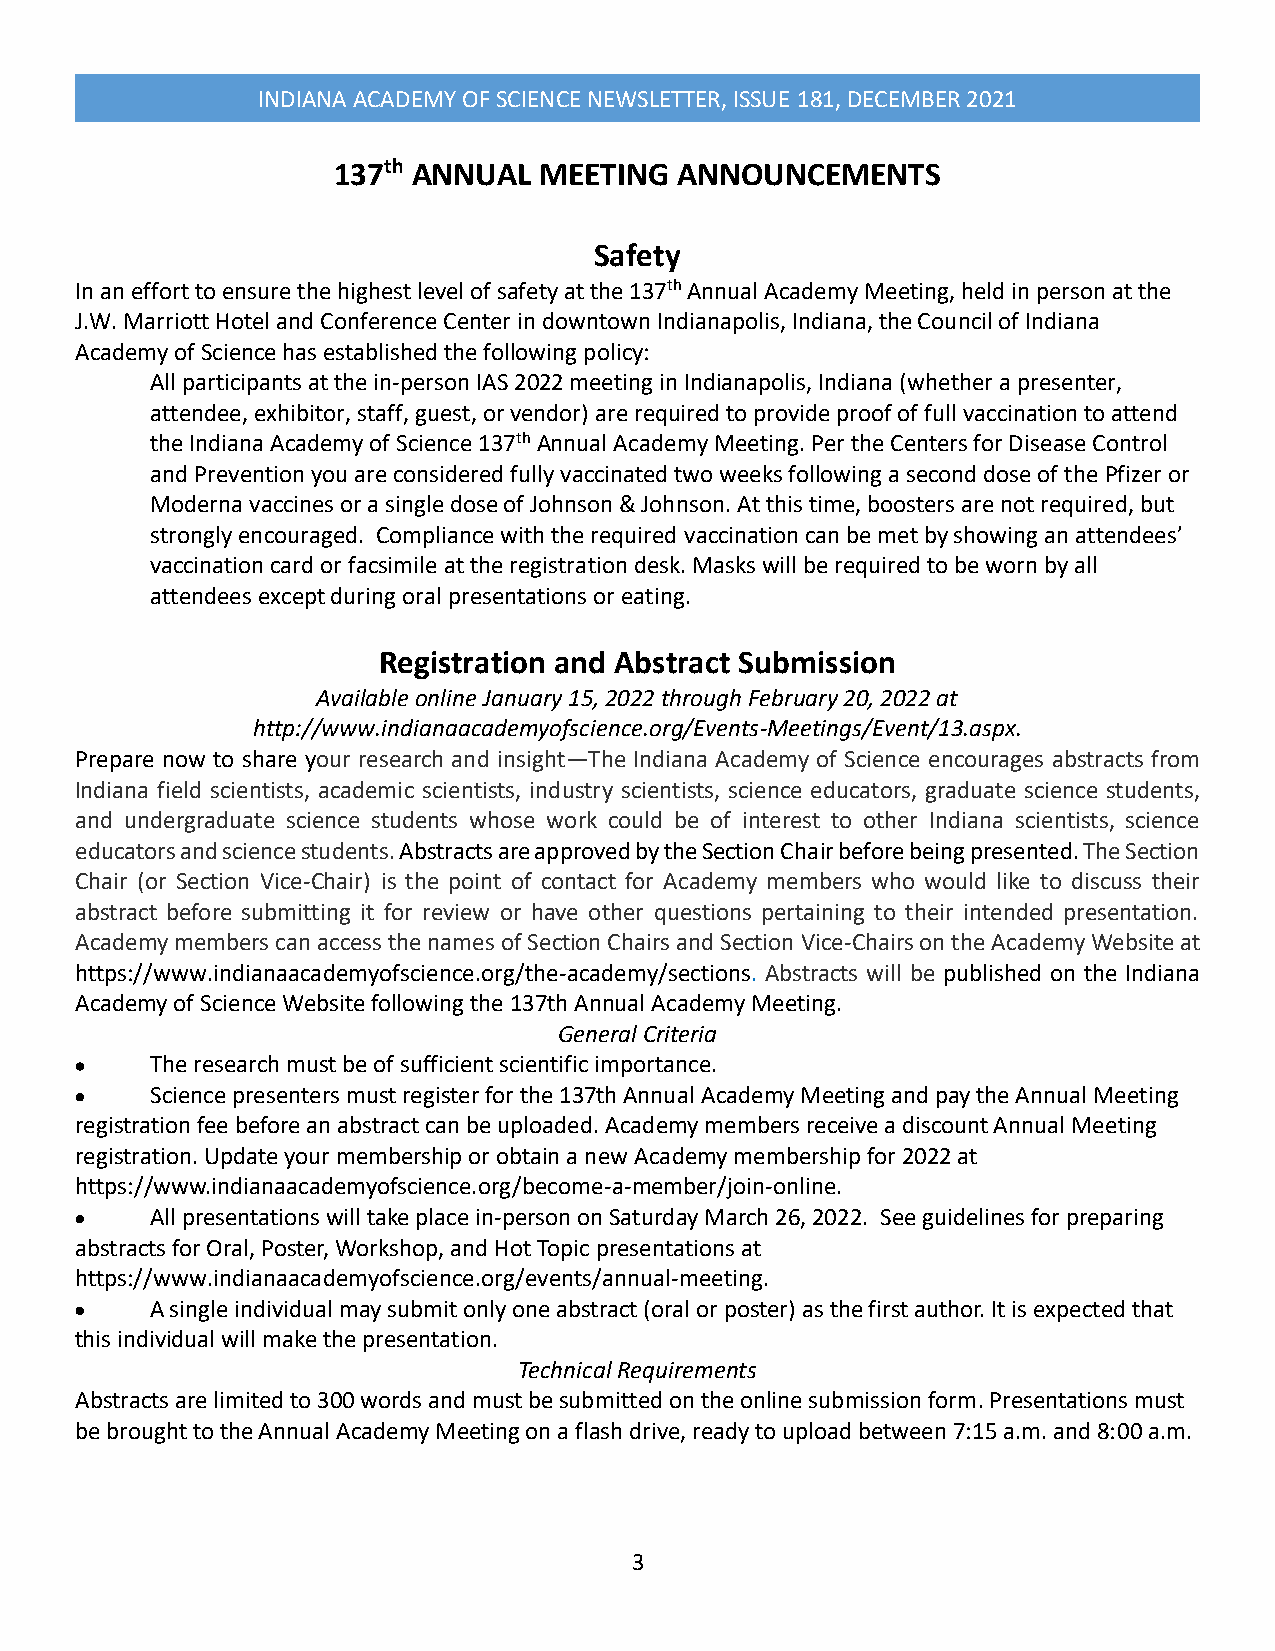
INDIANA ACADEMY OF SCIENCE NEWSLETTER, ISSUE 181, DECEMBER 2021
 137th ANNUAL  MEETING  ANNOUNCEMENTS
 Safety
 In an effort to ensure the highest level of safety at the 137th Annual Academy Meeting, held in person at the
 J.W. Marriott Hotel and Conference Center in downtown Indianapolis, Indiana, the Council of Indiana
 Academy of Science has established the following policy:
 All participants at the in-person IAS 2022 meeting in Indianapolis, Indiana (whether a presenter,
 attendee, exhibitor, staff, guest, or vendor) are required to provide proof of full vaccination to attend
 the Indiana Academy of Science 137th Annual Academy Meeting. Per the Centers for Disease Control
 and Prevention you are considered fully vaccinated two weeks following a second dose of the Pfizer or
 Moderna vaccines or a single dose of Johnson & Johnson. At this time, boosters are not required, but
 strongly encouraged. Compliance with the required vaccination can be met by showing an attendees’
 vaccination card or facsimile at the registration desk. Masks will be required to be worn by all
 attendees except during oral presentations or eating.
 Registration and Abstract Submission
 Available online January 15, 2022 through February 20, 2022 at
 http://www.indianaacademyofscience.org/Events-Meetings/Event/13.aspx.
 Prepare now to share your research and insight—The Indiana Academy of Science encourages abstracts from
 Indiana field scientists, academic scientists, industry scientists, science educators, graduate science students,
 and undergraduate science students whose work could be of interest to other Indiana scientists, science
 educators and science students. Abstracts are approved by the Section Chair before being presented. The Section
 Chair (or Section Vice-Chair) is the point of contact for Academy members who would like to discuss their
 abstract before submitting it for review or have other questions pertaining to their intended presentation.
 Academy members can access the names of Section Chairs and Section Vice-Chairs on the Academy Website at
 https://www.indianaacademyofscience.org/the-academy/sections. Abstracts will be published on the Indiana
 Academy of Science Website following the 137th Annual Academy Meeting.
 General Criteria
 •    The research must be of sufficient scientific importance.
 •    Science presenters must register for the 137th Annual Academy Meeting and pay the Annual Meeting
 registration fee before an abstract can be uploaded. Academy members receive a discount Annual Meeting
 registration. Update your membership or obtain a new Academy membership for 2022 at
 https://www.indianaacademyofscience.org/become-a-member/join-online.
 •    All presentations will take place in-person on Saturday March 26, 2022. See guidelines for preparing
 abstracts for Oral, Poster, Workshop, and Hot Topic presentations at
 https://www.indianaacademyofscience.org/events/annual-meeting.
 •    A single individual may submit only one abstract (oral or poster) as the first author. It is expected that
 this individual will make the presentation.
 Technical Requirements
 Abstracts are limited to 300 words and must be submitted on the online submission form. Presentations must
 be brought to the Annual Academy Meeting on a flash drive, ready to upload between 7:15 a.m. and 8:00 a.m.
 3